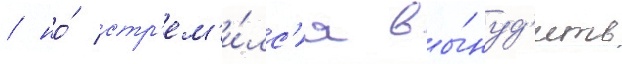
/ но́ стр'ем'и́лс'я вы́нуд'ить